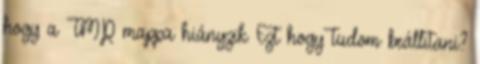
hogy a TMP mappa hiányzik Ezt hogy tudom beállitani?